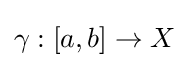
\gamma :[a,b]\to X